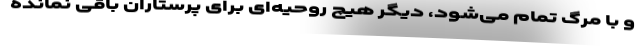
و با مرگ تمام می‌شود، دیگر هیچ روحیه‌ای برای پرستاران باقی نمانده